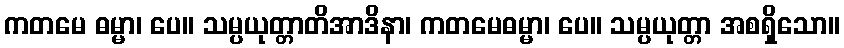
ကတမေ ဓမ္မာ၊ ပေ။ သမ္ပယုတ္တာတိအာဒိနာ၊ ကတမေဓမ္မာ၊ ပေ။ သမ္ပယုတ္တာ အစရှိသော။